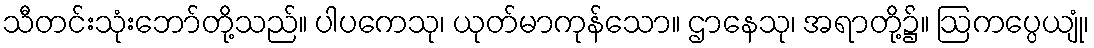
သီတင်းသုံးဘော်တို့သည်။ ပါပကေသု၊ ယုတ်မာကုန်သော။ ဌာနေသု၊ အရာတို့၌။ ဩကပ္ပေယျုံ၊